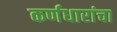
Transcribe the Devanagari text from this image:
कर्णधारांचा